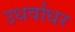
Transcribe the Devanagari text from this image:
उधर्वाधर